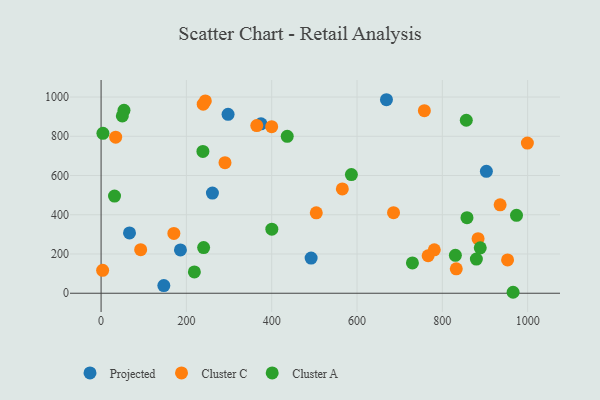
{"axis": {"x": "Study Hours", "y": "Sales"}, "legend": ["Cluster A", "Cluster C", "Projected"], "data": [{"x": "147.1", "y": 39.1, "type": "Projected"}, {"x": "669.0", "y": 986.1, "type": "Projected"}, {"x": "374.9", "y": 863.4, "type": "Projected"}, {"x": "903.3", "y": 621.4, "type": "Projected"}, {"x": "66.6", "y": 307.1, "type": "Projected"}, {"x": "186.0", "y": 220.7, "type": "Projected"}, {"x": "261.0", "y": 510.3, "type": "Projected"}, {"x": "492.4", "y": 179.3, "type": "Projected"}, {"x": "297.7", "y": 911.8, "type": "Projected"}, {"x": "239.4", "y": 963.3, "type": "Cluster C"}, {"x": "832.7", "y": 124.2, "type": "Cluster C"}, {"x": "290.5", "y": 665.5, "type": "Cluster C"}, {"x": "953.0", "y": 169.7, "type": "Cluster C"}, {"x": "34.2", "y": 795.1, "type": "Cluster C"}, {"x": "757.9", "y": 930.4, "type": "Cluster C"}, {"x": "244.4", "y": 980.0, "type": "Cluster C"}, {"x": "3.6", "y": 117.0, "type": "Cluster C"}, {"x": "685.6", "y": 410.7, "type": "Cluster C"}, {"x": "999.4", "y": 765.1, "type": "Cluster C"}, {"x": "504.5", "y": 409.8, "type": "Cluster C"}, {"x": "781.2", "y": 221.1, "type": "Cluster C"}, {"x": "92.8", "y": 221.9, "type": "Cluster C"}, {"x": "565.6", "y": 531.8, "type": "Cluster C"}, {"x": "399.9", "y": 848.8, "type": "Cluster C"}, {"x": "170.6", "y": 304.9, "type": "Cluster C"}, {"x": "766.7", "y": 191.1, "type": "Cluster C"}, {"x": "935.5", "y": 450.7, "type": "Cluster C"}, {"x": "365.0", "y": 854.6, "type": "Cluster C"}, {"x": "883.8", "y": 278.1, "type": "Cluster C"}, {"x": "53.7", "y": 932.0, "type": "Cluster A"}, {"x": "31.5", "y": 495.3, "type": "Cluster A"}, {"x": "879.8", "y": 173.9, "type": "Cluster A"}, {"x": "888.9", "y": 231.2, "type": "Cluster A"}, {"x": "240.4", "y": 232.6, "type": "Cluster A"}, {"x": "218.7", "y": 108.6, "type": "Cluster A"}, {"x": "857.8", "y": 384.8, "type": "Cluster A"}, {"x": "49.8", "y": 903.4, "type": "Cluster A"}, {"x": "856.2", "y": 881.4, "type": "Cluster A"}, {"x": "436.4", "y": 799.6, "type": "Cluster A"}, {"x": "4.3", "y": 814.8, "type": "Cluster A"}, {"x": "729.9", "y": 154.3, "type": "Cluster A"}, {"x": "965.9", "y": 4.9, "type": "Cluster A"}, {"x": "973.9", "y": 397.0, "type": "Cluster A"}, {"x": "586.8", "y": 604.5, "type": "Cluster A"}, {"x": "238.7", "y": 722.7, "type": "Cluster A"}, {"x": "400.3", "y": 326.4, "type": "Cluster A"}, {"x": "830.6", "y": 193.3, "type": "Cluster A"}]}